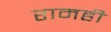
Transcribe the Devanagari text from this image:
रामही